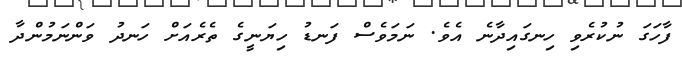
ފާހަގަ ނުކުރެވި ހިނގައިދާނެ އެވެ. ނަމަވެސް ފަނޑު ހިޔަނީގެ ތެރެއަށް ހަނދު ވަންނަމުންދާ